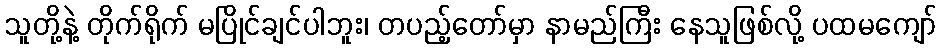
သူတို့နဲ့ တိုက်ရိုက် မပြိုင်ချင်ပါဘူး၊ တပည့်တော်မှာ နာမည်ကြီး နေသူဖြစ်လို့ ပထမကျော်